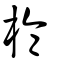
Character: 棆